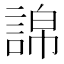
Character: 䛲